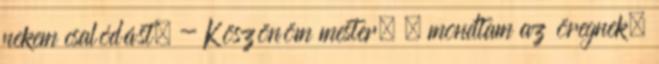
nekem csalódást. - Köszönöm mester. – mondtam az öregnek,